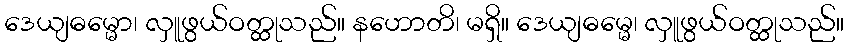
ဒေယျဓမ္မော၊ လှူဖွယ်ဝတ္ထုသည်။ နဟောတိ၊ မရှိ။ ဒေယျဓမ္မေ၊ လှူဖွယ်ဝတ္ထုသည်။